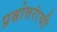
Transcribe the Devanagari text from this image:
प्रश्नोत्तरांची